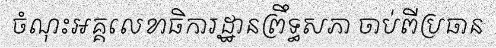
ចំណុះអគ្គលេខាធិការដ្ឋានព្រឹទ្ធសភា ចាប់ពីប្រធាន